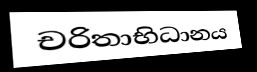
චරිතාභිධානය